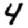
Digit: 4